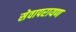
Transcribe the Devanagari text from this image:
सेवापरायण